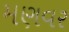
મણવર